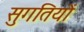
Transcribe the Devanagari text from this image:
सुगतियों